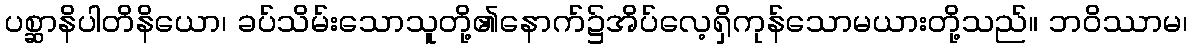
ပစ္ဆာနိပါတိနိယော၊ ခပ်သိမ်းသောသူတို့၏နောက်၌အိပ်လေ့ရှိကုန်သောမယားတို့သည်။ ဘဝိဿာမ၊